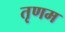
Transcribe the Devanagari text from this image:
तृणम